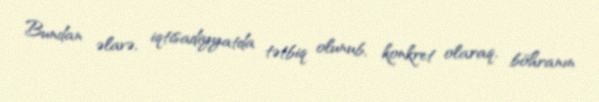
Bundan əlavə, iqtisadiyyatda tətbiq olunub, konkret olaraq, böhranın